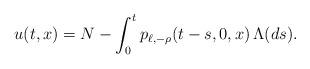
LaTeX: \begin{align*}u(t,x)=N-\int_0^t p_{\ell,-\rho}(t-s,0,x)\,\Lambda(ds).\end{align*}